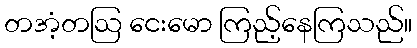
တအံ့တဩ ငေးမော ကြည့်နေကြသည်။